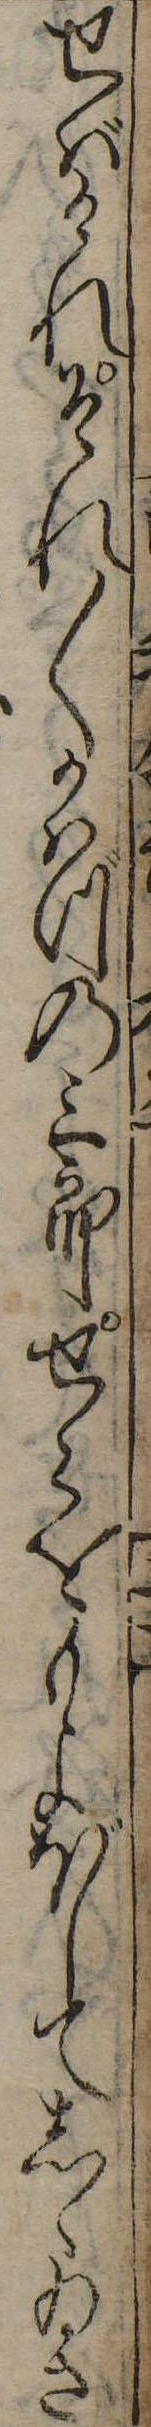
せばけれそれ〱かはづの三郎せこをもよほしてしゝゐさ